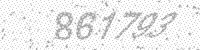
Solution: 861793